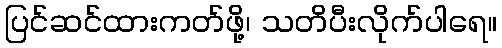
ပြင်ဆင်ထားကတ်ဖို့၊ သတိပီးလိုက်ပါရေ။